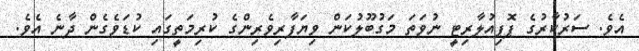
އެވެ. ސަރުކާރުގެ ޕޮޕިއުލާރިޓީ ނުވަތަ މަގުބޫލުކަން ވިޔަފާރިވެރިންގެ ކުރިމަތީގައި ކުޑަވެގެން ދާނެ އެވެ.